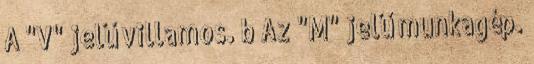
A "V" jelű villamos. b Az "M" jelű munkagép.